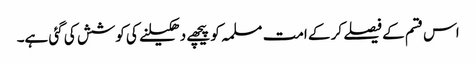
اس قسم کے فیصلے کر کے امت مسلمہ کو پیچھے دھکیلنے کی کوشش کی گئی ہے۔